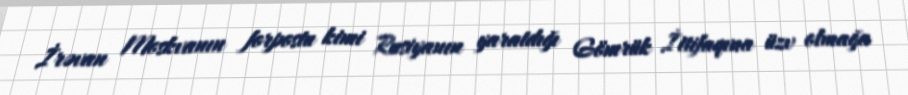
İrəvan Moskvanın forpostu kimi Rusiyanın yaratdığı Gömrük İttifaqına üzv olmağa